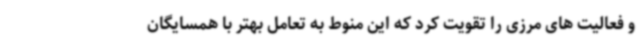
و فعالیت های مرزی را تقویت کرد که این منوط به تعامل بهتر با همسایگان